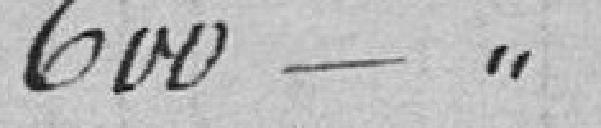
600